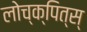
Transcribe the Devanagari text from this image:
लोच्क्पित्स्